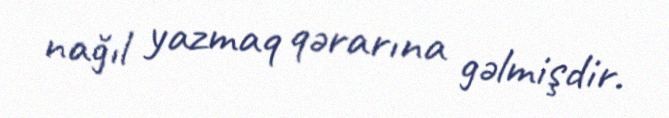
nağıl yazmaq qərarına gəlmişdir.